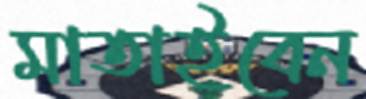
মাতাইবেন